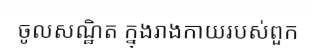
ចូលសណ្ឋិត ក្នុងរាងកាយរបស់ពួក